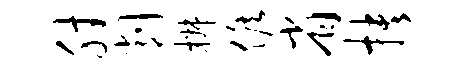
肘削椒候省抉